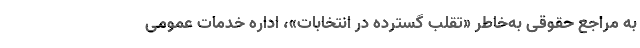
به مراجع حقوقی به‌خاطر «تقلب گسترده در انتخابات»، اداره خدمات عمومی